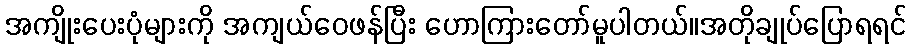
အကျိုးပေးပုံများကို အကျယ်ဝေဖန်ပြီး ဟောကြားတော်မူပါတယ်။အတိုချုပ်ပြောရရင်